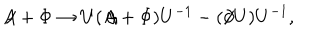
A \! \! \! / + \Phi \rightarrow U ( A \! \! \! / + \Phi ) U ^ { - 1 } - ( \partial \! \! \! / U ) U ^ { - 1 } ,